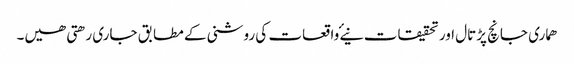
ھماری جانچ پڑتال اور تحقیقات نیۓ واقعات کی روشنی کے مطابق جاری رھتی ھیں۔